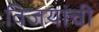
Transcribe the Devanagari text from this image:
विजयांची